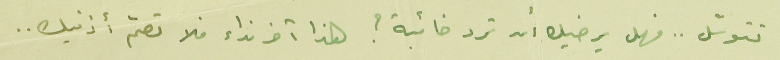
تتوسّل .. فهل يرضيك أن ترد خائبة ؟ هذا آخر نداء فلا تصمّ أذنيك ..